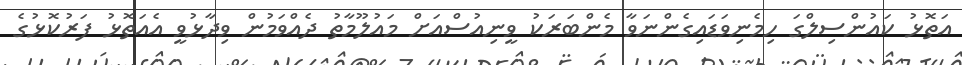
އަތޮޅު ކައުންސިލްގަ ހިމެނިވަޑައިގެންނަވާ މެންބަރަކު ވީނިއުސްއަށް މައުލޫމާތު ދެއްވަމުން ވިދާޅުވީ އެއަތޮޅު ފަރުކޮޅުގެ